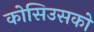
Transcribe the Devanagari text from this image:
कोसिउसको